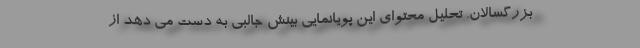
بزرگسالان. تحلیل محتوای این پویانمایی بینش جالبی به دست می دهد از